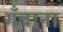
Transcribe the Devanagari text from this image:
गँवाना